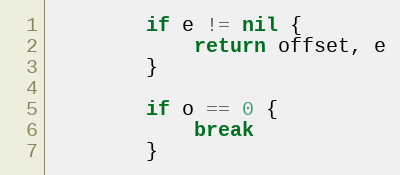
Language: Go
		if e != nil {
			return offset, e
		}

		if o == 0 {
			break
		}